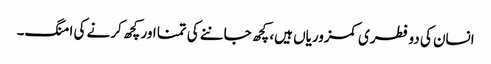
انسان کی دو فطری کمزوریاں ہیں، کچھ جاننے کی تمنا اور کچھ کرنے کی امنگ۔